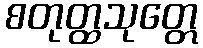
စတုတ္ထသုတ္တေ